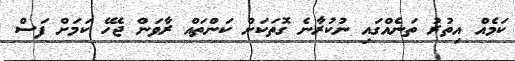
ކަމެއް އިތުރު ތަނެއްގައި ނުކުރާނެ ގޮތަކަށް ކަންތައް ރާވަން ޖެހޭ ކަމަށް ފަަސް